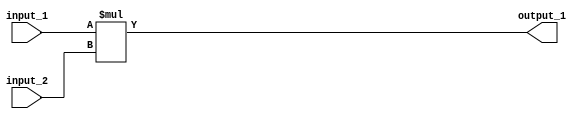

module multer (
    // ports

    output_1,
    input_1,
    input_2

);

    // 8 bits inputs outputs
    input [7:0] input_1, input_2; //[7:0]
    output [7:0] output_1;
    /* copy paste from adder.v, changed + to * */
    // always @(*) begin
        assign output_1 = input_1 * input_2;
    // end
    
endmodule